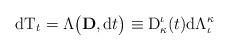
LaTeX: \begin{align*}\mathrm{dT}_{t}=\Lambda\big(\mathbf{D},\mathrm{d}t\big)\equiv\mathrm{D}^\iota_\kappa(t)\mathrm{d}\Lambda^\kappa_\iota \end{align*}